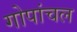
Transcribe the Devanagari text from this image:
गोपांचल